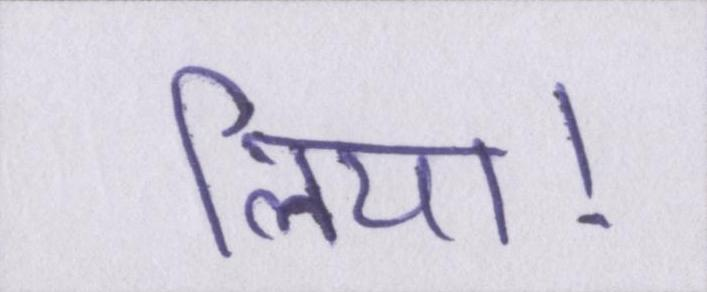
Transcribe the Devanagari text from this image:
लिया।